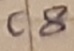
Text: C8